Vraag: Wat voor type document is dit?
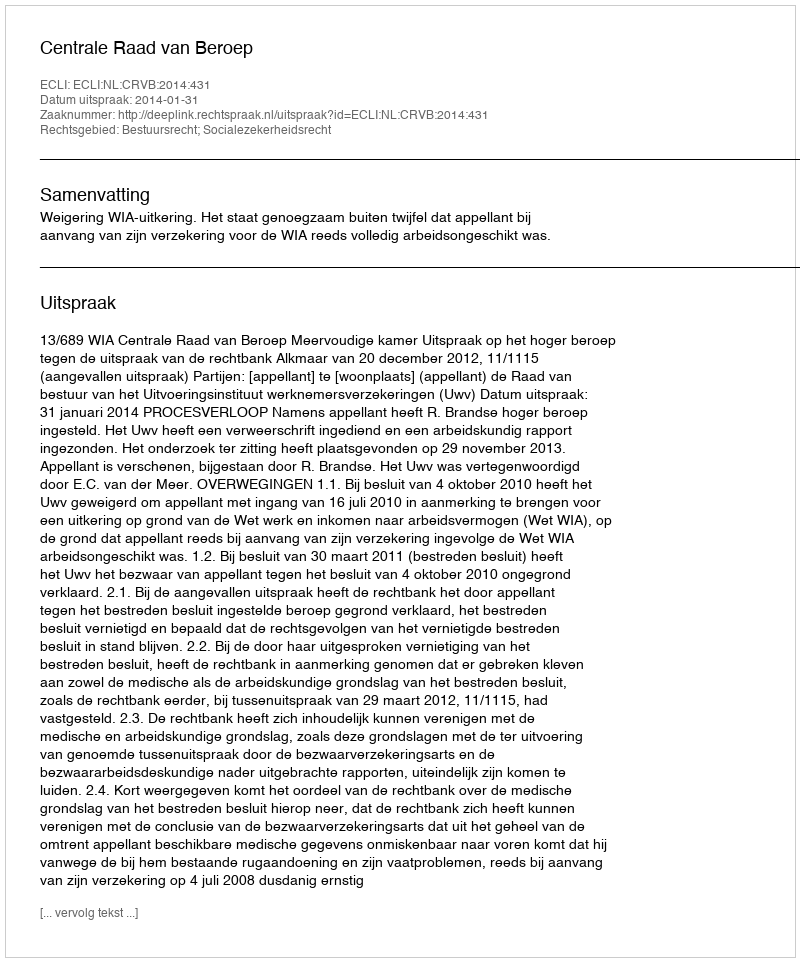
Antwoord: Uitspraak